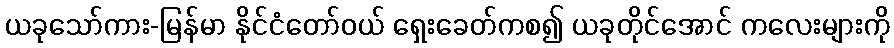
ယခုသော်ကား-မြန်မာ နိုင်ငံတော်ဝယ် ရှေးခေတ်ကစ၍ ယခုတိုင်အောင် ကလေးများကို